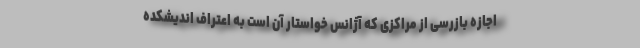
اجازه بازرسی از مراکزی که آژانس خواستار آن است به اعتراف اندیشکده